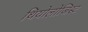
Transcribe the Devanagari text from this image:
थियोलोजिस्ट